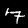
Label: 7